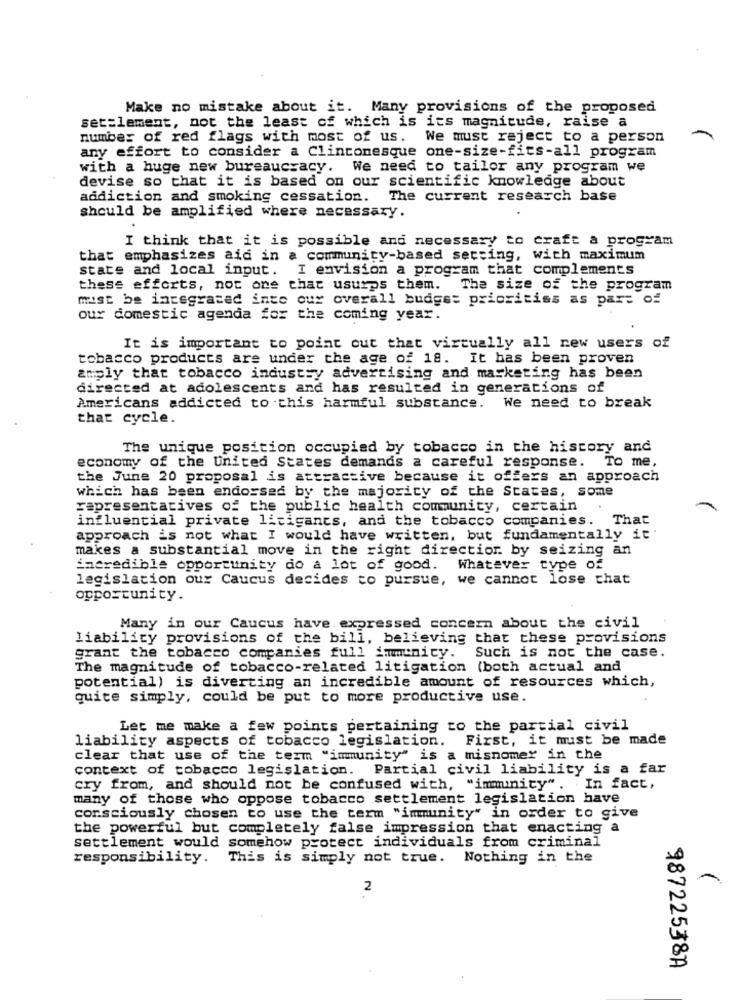
Make no mistake about it. Many provisions of the proposed
settlement, not the least of which is its magnitude, raise a
number of red flags with most of us. We must reject to a person
any effort to consider a Clintonesque one-size-fits-all program
with a huge new bureaucracy. We need to tailor any program we
devise so that it is based on our scientific knowledge about
addiction and smoking cessation. The current research base
should be amplified where necessary.
I think that it is possible and necessary to craft a program
that emphasizes aid in a community-based setting, with maximum
state and local input. I envision a program that complements
these efforts, not one that usurps them. The size of the program
must be integrated into our overall budget prioritiss as part of
our domestic agenda for the coming year.
It is important to point out that virtually all new users of
tobacco products are under the age of 18. It has been proven
amply that tobacco industry advertising and marketing has been
directed at adolescents and has resulted in generations of
Americans addicted to this harmful substance. We need to break
that cycle.
The unique position occupied by tobacco in the history and
economy of the United States demands a careful response.
TO me,
the June 20 proposal is attractive because it offers an approach
which has been endorsed by the majority of the States, some
representatives of the public health community, certain
influential private licigants, and the tobacco companies. That
approach is not what I would have written, but fundamentally it'
makes a substantial move in the right direction. by seizing an
incredible opportunity do a lot of good.
Whatever type of
legislation our Caucus decides to pursue, we cannot lose that
opportunity.
Many in our Caucus have expressed concern about the civil
liability provisions of the bill, believing that these provisions
grant the tobacco companies full immunity. Such is not the case.
The magnitude of tobacco-related litigation (both actual and
potential) is diverting an incredible amount of resources which,
quite simply, could be put to more productive use.
Let me make a few points pertaining to the partial civil
liability aspects of tobacco legislation. First, it must be made
clear that use of the term "immunity" is a misnomer in the
context of tobacco legislation. Partial civil liability is a far
cry from, and should not be confused with, "immunity". In fact,
many of those who oppose tobacco settlement legislation have
consciously chosen to use the term "immunity" in order to give
the powerful but completely false impression that enacting a
settlement would somehow protect individuals from criminal
responsibility. This is simply not true. Nothing in the
2
98722538A